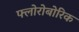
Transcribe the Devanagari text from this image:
फ्लोरोबोरिक